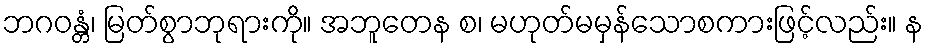
ဘဂဝန္တံ၊ မြတ်စွာဘုရားကို။ အဘူတေန စ၊ မဟုတ်မမှန်သောစကားဖြင့်လည်း။ န